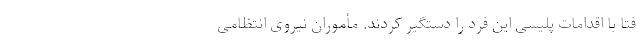
فتا با اقدامات پلیسی این فرد را دستگیر کردند. مأموران نیروی انتظامی